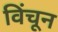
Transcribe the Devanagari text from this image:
विंचून